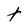
Character: t